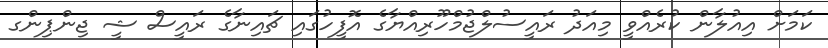
ކަމަށް އިއުލާން ކުރެއްވީ މިއަދު ރައީސުލްޖުމްހޫރިއްޔާގެ އޮފީހުގައި ޗައިނާގެ ރައީސް ޝީ ޖިންޕިންގ